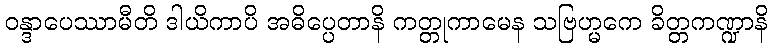
ဝန္ဒာပေဿာမီတိ ဒါယိကာပိ အဓိပ္ပေတာနိ ကတ္တုကာမေန သဗြဟ္မကေ ခိတ္တကဏ္ဍာနိ